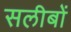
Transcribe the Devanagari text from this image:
सलीबों